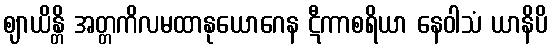
ဈာယိန္တိ အတ္တကိလမထာနုယောဂေန ဋီကာစရိယာ နေဝါသံ ယာနိပိ